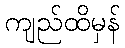
ကျည်ထိမှန်